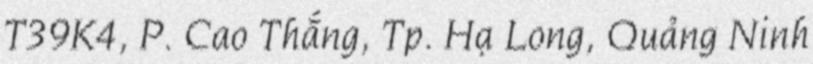
T39K4, P. Cao Thắng, Tp. Hạ Long, Quảng Ninh